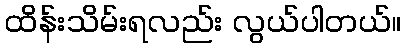
ထိန်းသိမ်းရလည်း လွယ်ပါတယ်။